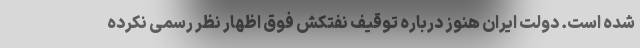
شده است. دولت ایران هنوز دربارهٔ توقیف نفتکش فوق اظهار نظر رسمی نکرده